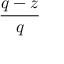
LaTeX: \frac { q - z } { q }